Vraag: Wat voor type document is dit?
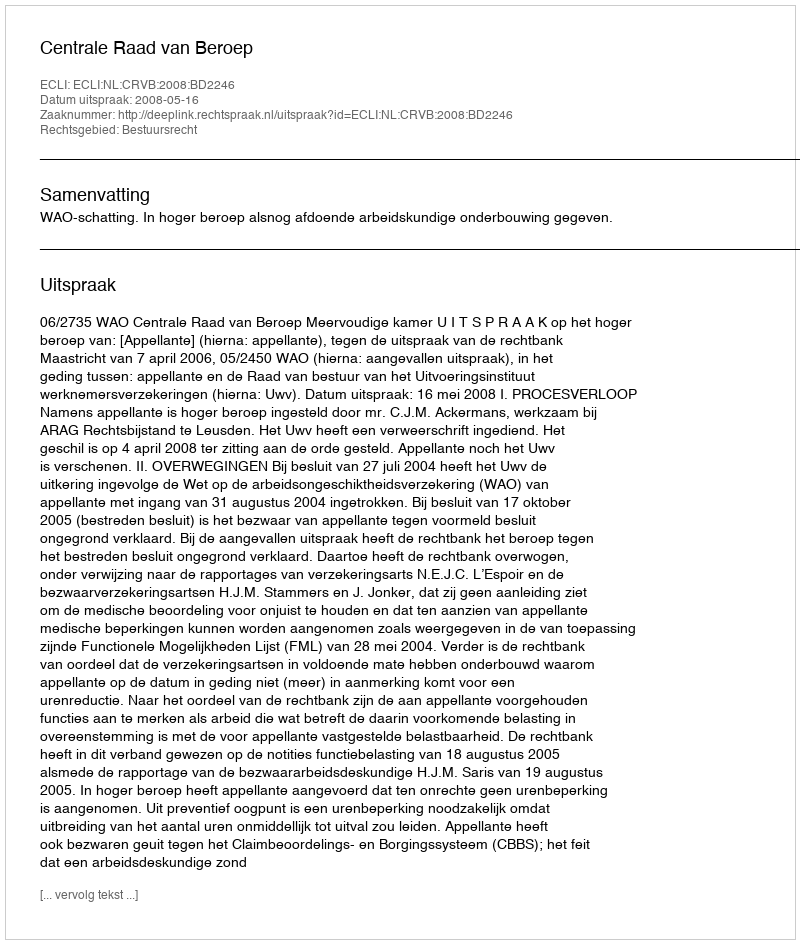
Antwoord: Uitspraak